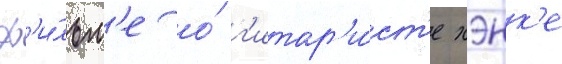
ф'и́льм'е о́ г'итар'и́ст'е хэнк'е